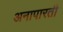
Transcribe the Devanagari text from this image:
अनापारती